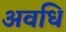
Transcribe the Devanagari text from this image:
अवधि